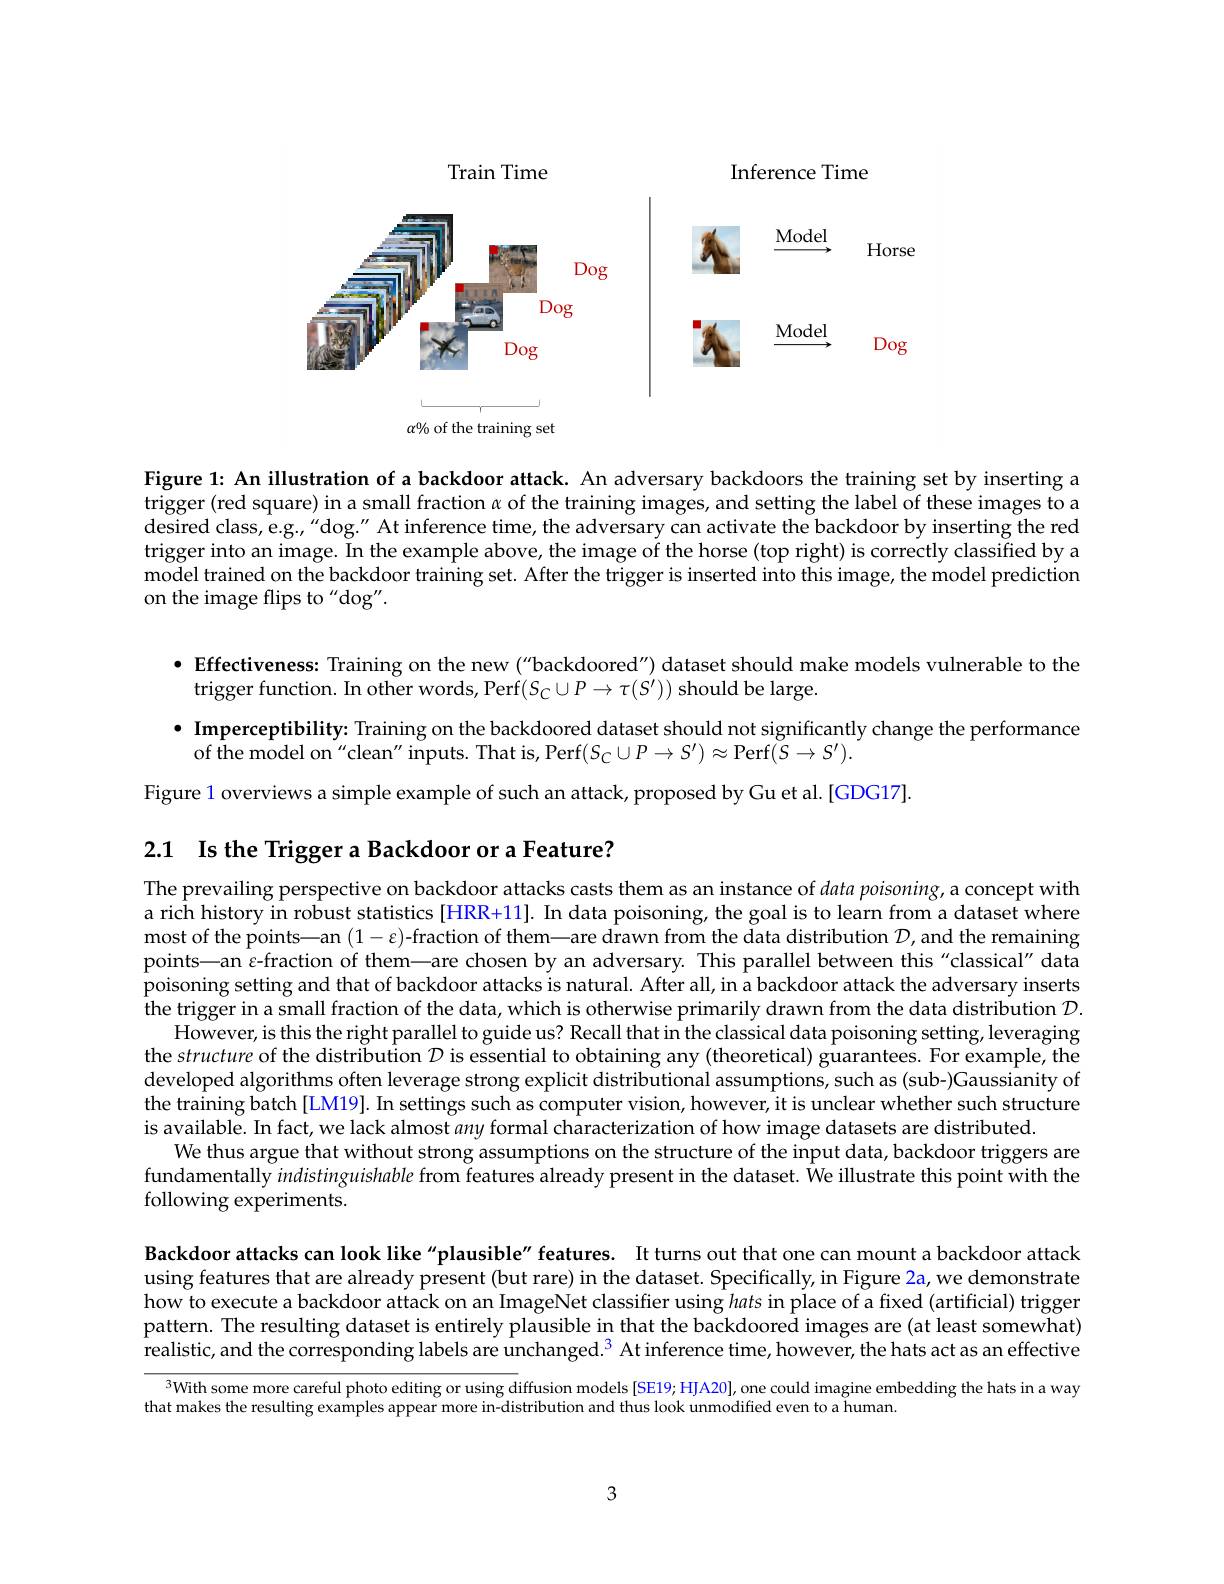
<FigureHere>

Figure 1: An illustration of a backdoor attack. An adversary backdoors the training set by inserting a trigger (red square) in a small fraction $\alpha$ of the training images, and setting the label of these images to a desired class, e.g.,“dog." At inference time, the adversary can activate the backdoor by inserting the red trigger into an image. In the example above, the image of the horse (top right) is correctly classified by a model trained on the backdoor training set. After the trigger is inserted into this image, the model prediction on the image flips to "dog".

· Effectiveness: Training on the new ("backdoored") dataset should make models vulnerable to the
trigger function. In other words, Perf$(S_{C}\cup P\to\tau(S^{\prime}))$ should be large.

· Imperceptibility: Training on the backdoored dataset should not significantly change the performance
of the model on"clean" inputs. That is, Perf$(S_{C}\cup P\to S^{\prime})\approx$Perf$(\bar{S}\to S^{\prime}).$
Figure 1 overviews a simple example of such an attack, proposed by Gu et al.[GDG17].

2.1 Is the Trigger a Backdoor or a Feature?

The prevailing perspective on backdoor attacks casts them as an instance of data poisoning, a concept with a rich history in robust statistics [HRR+11]. In data poisoning, the goal is to learn from a dataset where most of the points—an $(1-\varepsilon)$-fraction of them—are drawn from the data distribution $\mathcal{D}$,and the remaining points—an $\varepsilon$-fraction of them—are chosen by an adversary. This parallel between this"classical" data poisoning setting and that of backdoor attacks is natural. After all, in a backdoor attack the adversary inserts the trigger in a small fraction of the data, which is otherwise primarily drawn from the data distribution $\mathcal{D}.$
However, is this the right parallel to guide us? Recall that in the classical data poisoning setting, leveraging the structure of the distribution $D$ is essential to obtaining any (theoretical) guarantees. For example, the developed algorithms often leverage strong explicit distributional assumptions, such as (sub-)Gaussianity of the training batch [LM19]. In settings such as computer vision, however, it is unclear whether such structure is available. In fact, we lack almost any formal characterization of how image datasets are distributed.
We thus argue that without strong assumptions on the structure of the input data, backdoor triggers are fundamentally indistinguishable from features already present in the dataset. We illustrate this point with the following experiments.

Backdoor attacks can look like "plausible" features. It turns out that one can mount a backdoor attack using features that are already present (but rare) in the dataset. Specifically, in Figure 2a, we demonstrate how to execute a backdoor attack on an ImageNet classifier using hats in place of a fixed (artificial) trigger pattern. The resulting dataset is entirely plausible in that the backdoored images are (at least somewhat) realistic, and the corresponding labels are unchanged.$^3$ At inference time, however, the hats act as an effective

3With some more careful photo editing or using diffusion models [SE19; H]A20], one could imagine embedding the hats in a way

that makes the resulting examples appear more in-distribution and thus look unmodified even to a human.

3